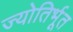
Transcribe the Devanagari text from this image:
ज्योतिर्भूत